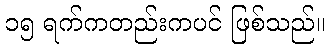
၁၅ ရက်ကတည်းကပင် ဖြစ်သည်။